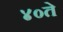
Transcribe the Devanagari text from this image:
४०ते